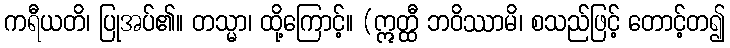
ကရီယတိ၊ ပြုအပ်၏။ တသ္မာ၊ ထို့ကြောင့်။ (ဣတ္ထီ ဘဝိဿာမိ၊ စသည်ဖြင့် တောင့်တ၍